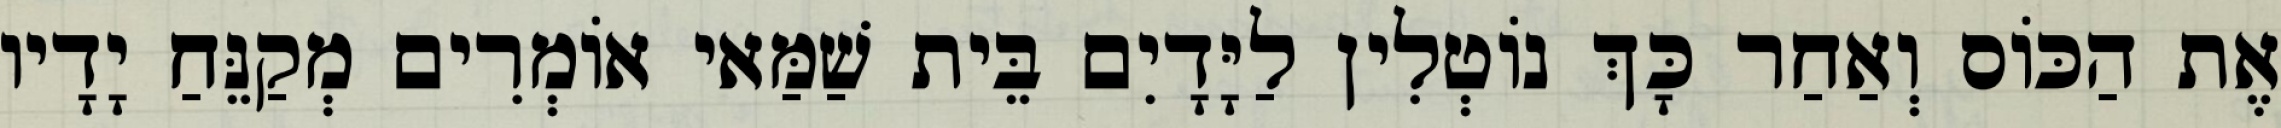
אֶת הַכּוֹס וְאַחַר כָּךְ נוֹטְלִין לַיָּדָיִם בֵּית שַׁמַּאי אוֹמְרִים מְקַנֵּחַ יָדָיו